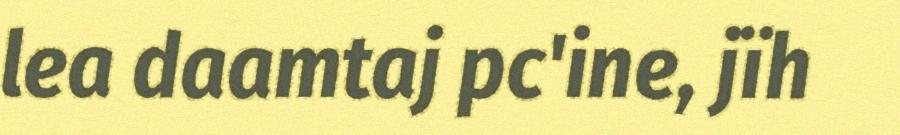
lea daamtaj pc'ine, jïh